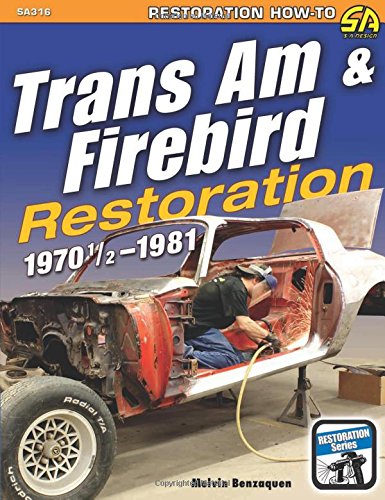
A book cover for Trans Am & Firebird Restoration: 1970-1/2 - 1981 (Restoration How-to); Melvin Benzaquen; Engineering & Transportation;